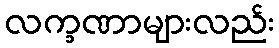
လက္ခဏာများလည်း